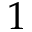
1